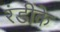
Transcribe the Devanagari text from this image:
रंडीके